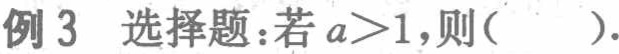
例 3 选择题：若\(a > 1\)，则( ).